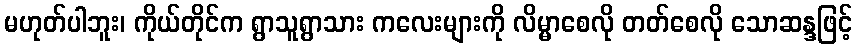
မဟုတ်ပါဘူး၊ ကိုယ်တိုင်က ရွာသူရွာသား ကလေးများကို လိမ္မာစေလို တတ်စေလို သောဆန္ဒဖြင့်